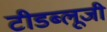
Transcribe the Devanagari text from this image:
टीडब्लूजी